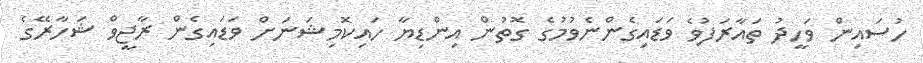
ހުސައިން ވަހީދު ތައާރަފުވެ ވަޑައިގެންނެވުމުގެ ގޮތުން އިންޑިޔާ ހައިކޮމިޝަނަށް ވަޑައިގެން ރާޖީވް ޝަހާރޭގެ